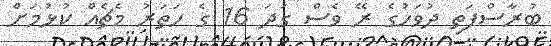
ބުރާސްފަތި ދުވަހުގެ ރޭ ވެސް ގަދަ 16 ގެ ހަތަރު މެޗެއް ކުޅުމަށް